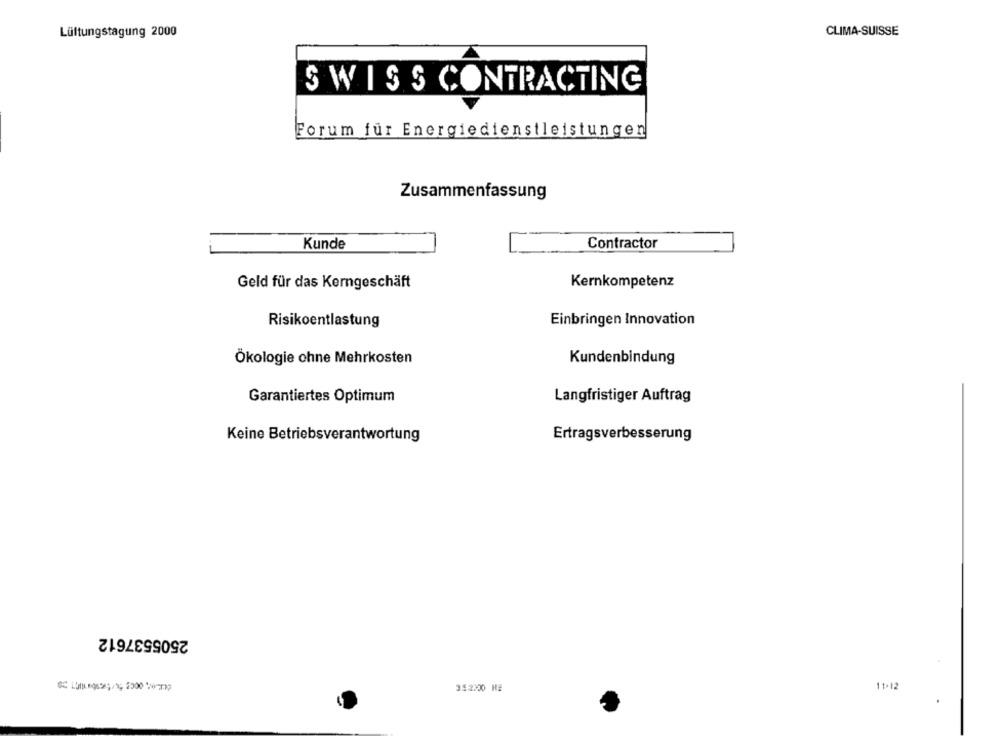
Lüftungstagung 2000
CLIMA-SUISSE
SWISS CONTRACTING
Forum für Energiedienstleistungen
Zusammenfassung
Kunde
Contractor
Geld für das Kerngeschäft
Kernkompetenz
Risikoentlastung
Einbringen Innovation
Ökologie ohne Mehrkosten
Kundenbindung
Garantiertes Optimum
Langfristiger Auftrag
Keine Betriebsverantwortung
Ertragsverbesserung
2505537612
352200 H#
11.12